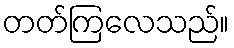
တတ်ကြလေသည်။